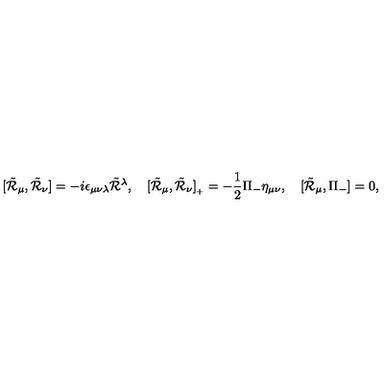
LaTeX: [ \tilde { \cal R } _ { \mu } , \tilde { \cal R } _ { \nu } ] = - i \epsilon _ { \mu \nu \lambda } \tilde { \cal R } { } ^ { \lambda } , \quad [ \tilde { \cal R } _ { \mu } , \tilde { \cal R } _ { \nu } ] _ { { } _ { + } } = - \frac { 1 } { 2 } \Pi _ { - } \eta _ { \mu \nu } , \quad [ \tilde { \cal R } _ { \mu } , \Pi _ { - } ] = 0 ,